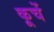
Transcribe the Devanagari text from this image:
कूचें